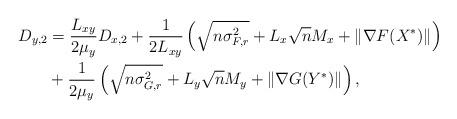
LaTeX: \begin{align*}D_{y, 2} &=\frac{L_{xy}}{2\mu_{y}}D_{x,2}+ \frac{1}{2L_{xy}}\left(\sqrt{n\sigma_{F,r}^2} + L_{x}\sqrt{n}M_x+\|\nabla F(X^*)\| \right)\\&+\frac{1}{2\mu_{y}}\left(\sqrt{n\sigma_{G,r}^2} + L_{y}\sqrt{n}M_y+\|\nabla G(Y^*)\| \right),\end{align*}